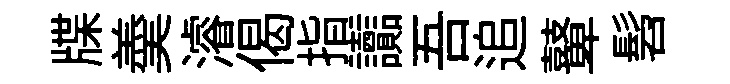
牒羮濬偈指讟吾追鼙髫